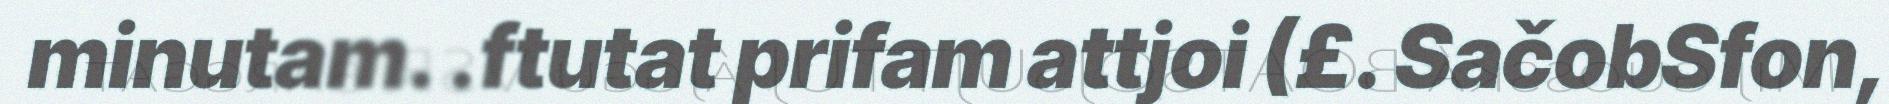
minutam. .ftutat prifam attjoi (£. SačobSfon,